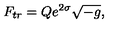
F _ { t r } = Q e ^ { 2 \sigma } \sqrt { - g } ,